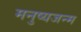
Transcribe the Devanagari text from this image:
मनुष्यजन्म